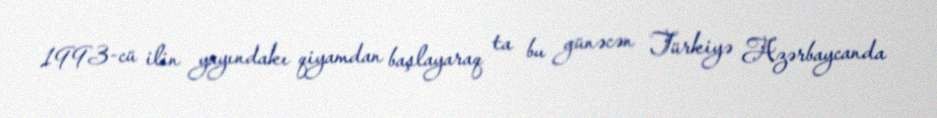
1993-cü ilin yayındakı qiyamdan başlayaraq ta bu günəcən Türkiyə Azərbaycanda